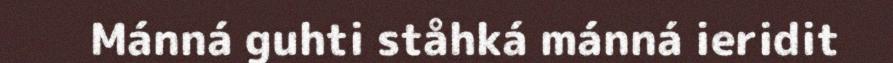
Mánná guhti ståhká mánná ieridit